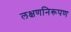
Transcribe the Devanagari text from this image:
लक्षणनिरूपण